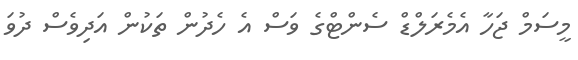
މީސަމް ޖަހާ އެމެރަލްޑް ސެންޓްގެ ވަސް އެ ހެދުން ތަކުން އަދިވެސް ދުވަ